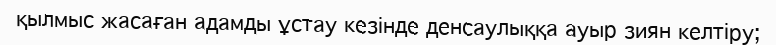
қылмыс жасаған адамды ұстау кезінде денсаулыққа ауыр зиян келтіру;